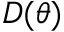
D ( \theta )